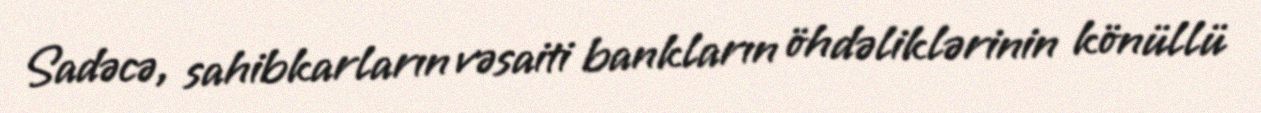
Sadəcə, sahibkarların vəsaiti bankların öhdəliklərinin könüllü